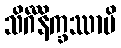
သိင်္ဂီနိက္ခဿာပိ